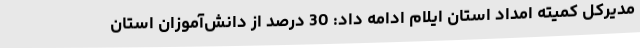
مدیرکل کمیته امداد استان ایلام ادامه داد: 30 درصد از دانش‌آموزان استان